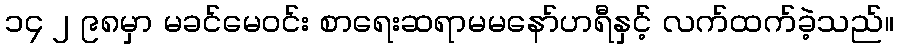
၁၄ ၂ ၉၈မှာ မခင်မေဝင်း စာရေးဆရာမမနော်ဟရီနှင့် လက်ထက်ခဲ့သည်။